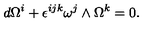
d \Omega ^ { i } + \epsilon ^ { i j k } \omega ^ { j } \wedge \Omega ^ { k } = 0 .